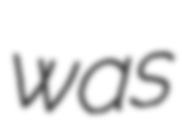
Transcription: was